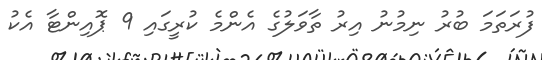
ފުރަތަމަ ބުރު ނިމުނު އިރު ތާވަލުގެ އެންމެ ކުރީގައި 9 ޕޮއިންޓާ އެކު